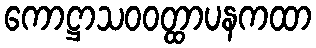
ကောဋ္ဌာသဝဝတ္ထာပနကထာ